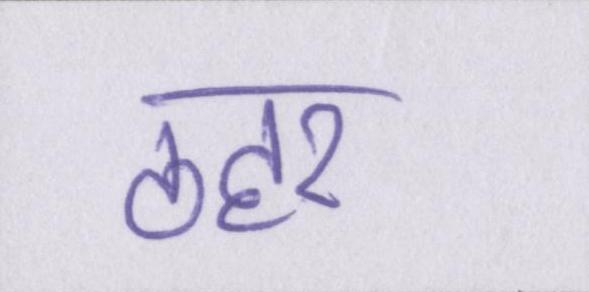
ठहर